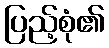
ပြည့်စုံ၏